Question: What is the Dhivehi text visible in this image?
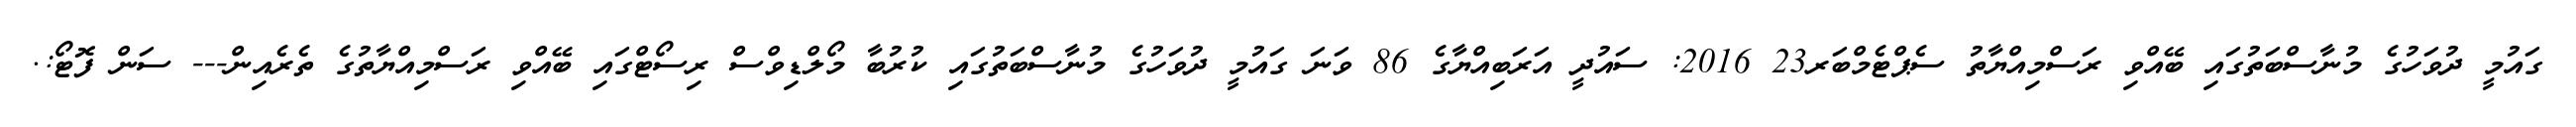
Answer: ގައުމީ ދުވަހުގެ މުނާސްބަތުގައި ބޭއްވި ރަސްމިއްޔާތު ސެޕްޓެމްބަރ23 2016: ސައުދީ އަރަބިއްޔާގެ 86 ވަނަ ގައުމީ ދުވަހުގެ މުނާސްބަތުގައި ކުރުބާ މޯލްޑިވްސް ރިސޯޓްގައި ބޭއްވި ރަސްމިއްޔާތުގެ ތެރެއިން--- ސަން ފޮޓޯ:.